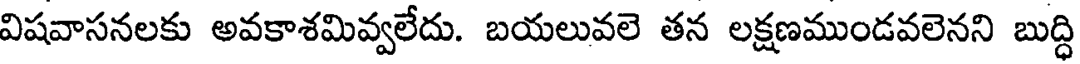
విషవాసనలకు అవకాశమివ్వలేదు. బయలువలె తన లక్షణముండవలెనని బుద్ధి